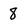
Character: 8